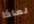
لماذا